Calcutta medical institutions reports 1879-81 [i.e.91]
Year: 1879
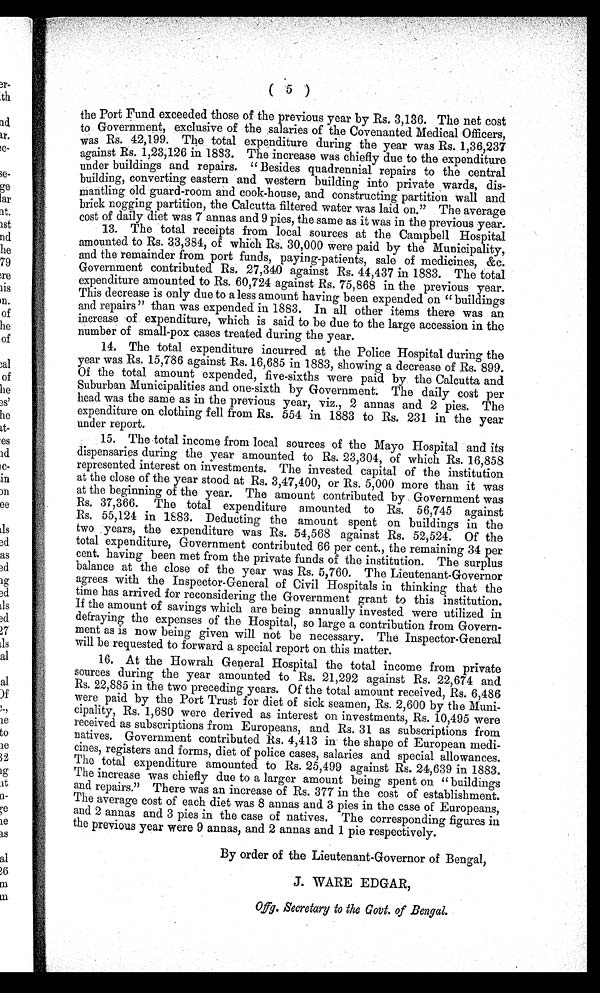
the Port Fund exceeded those of the previous year by Rs. 3,136. The net cost
to Government, exclusive of the salaries of the Covenanted Medical Officers,
was Rs. 42,199. The total expenditure during the year was Rs. 1,36,237
against Rs. 1,23,126 in 1883. The increase was chiefly due to the expenditure
under buildings and repairs. "Besides quadrennial repairs to the central
building, converting eastern and western building into private wards, dis-
mantling old guard-room and cook-house, and constructing partition wall and
brick nogging partition, the Calcutta filtered water was laid on." The average
cost of daily diet was 7 annas and 9 pies, the same as it was in the previous year.
13. The total receipts from local sources at the Campbell Hospital
amounted to Rs. 33,384, of which Rs. 30,000 were paid by the Municipality,
and the remainder from port funds, paying-patients, sale of medicines, &c.
Government contributed Rs. 27,340 against Rs. 44,437 in 1883. The total
expenditure amounted to Rs. 60,724 against Rs. 75,868 in the previous year.
This decrease is only due to a less amount having been expended on "buildings
and repairs" than was expended in 1883. In all other items there was an
increase of expenditure, which is said to be due to the large accession in the
number of small-pox cases treated during the year.
14. The total expenditure incurred at the Police Hospital during the
year was Rs. 15,786 against Rs. 16,685 in 1883, showing a decrease of Rs. 899.
Of the total amount expended, five-sixths were paid by the Calcutta and
Suburban Municipalities and one-sixth by Government. The daily cost per
head was the same as in the previous year, viz., 2 annas and 2 pies. The
expenditure on clothing fell from Rs. 554 in 1883 to Rs. 231 in the year
under report.
15. The total income from local sources of the Mayo Hospital and its
dispensaries during the year amounted to Rs. 23,304, of which Rs. 16,858
represented interest on investments. The invested capital of the institution
at the close of the year stood at Rs. 3,47,400, or Rs. 5,000 more than it was
at the beginning of the year. The amount contributed by Government was
Rs. 37,366. The total expenditure amounted to Rs. 56,745 against
Rs. 55,124 in 1883. Deducting the amount spent on buildings in the
two years, the expenditure was Rs. 54,568 against Rs. 52,524. Of the
total expenditure, Government contributed 66 per cent., the remaining 34 per
c e n t n t . h a v i n g b e e n m e t f r o m t h e p r i v a t e f u n d s o f t h e i n s t i t u t i o n . T h e s u r p l u s
balance at the close of the year was Rs. 5,760. The Lieutenant-Governor
agrees with the Inspector-General of Civil Hospitals in thinking that the
time has arrived for reconsidering the Government grant to this institution.
If the amount of savings which are being annually invested were utilized in
defraying the expenses of the Hospital, so large a contribution from Govern-
ment as is now being given will not be necessary. The Inspector-General
will be requested to forward a special report on this matter.
16. At the Howrah General Hospital the total income from private
sources during the year amounted to Rs. 21,292 against Rs. 22,674 and
Rs. 22,885 in the two preceding years. Of the total amount received, Rs. 6,486
were paid by the Port Trust for diet of sick seamen, Rs. 2,600 by the Muni-
cipality, Rs. 1,680 were derived as interest on investments, Rs. 10,495 were
received as subscriptions from Europeans, and Rs. 31 as subscriptions from
natives. Government contributed Rs. 4,413 in the shape of European medi-
cines, registers and forms, diet of police cases, salaries and special allowances.
The total expenditure amounted to Rs. 25,499 against Rs. 24,639 in 1883.
The increase was chiefly due to a larger amount being spent on " buildings
and repairs." There was an increase of Rs. 377 in the cost of establishment.
The average cost of each diet was 8 annas and 3 pies in the case of Europeans,
and 2 annas and 3 pies in the case of natives. The corresponding figures in
the previous year were 9 annas, and 2 annas and 1 pie respectively.
By order of the Lieutenant-Governor of Bengal,
J. WARE EDGAR,
Offg. Secretary to the Govt. of Bengal.